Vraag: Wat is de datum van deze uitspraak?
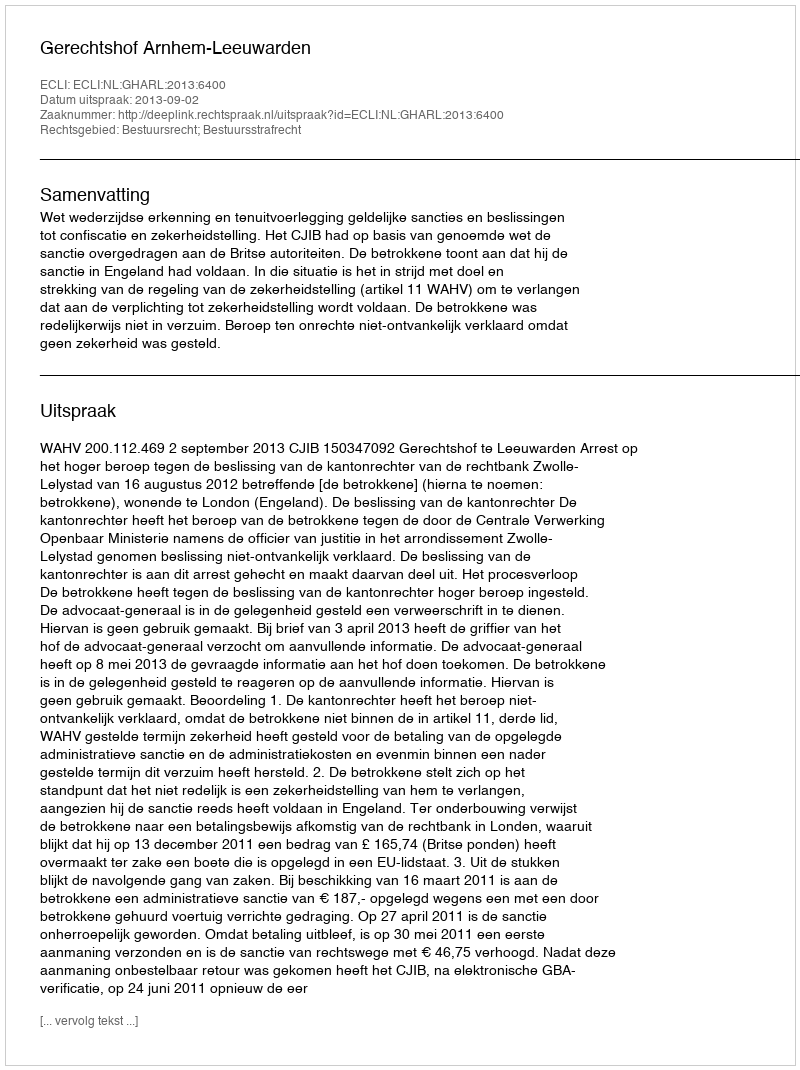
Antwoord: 2013-09-02